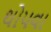
થોપવા